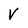
Character: V